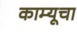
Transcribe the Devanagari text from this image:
काम्यूचा